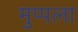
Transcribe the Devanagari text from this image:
मुप्पला